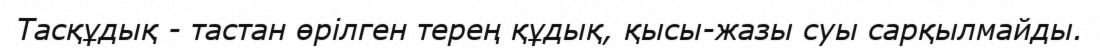
Тасқұдық - тастан өрілген терең құдық, қысы-жазы суы сарқылмайды.